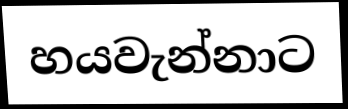
හයවැන්නාට